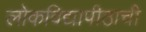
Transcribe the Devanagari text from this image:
लोकविद्यापीठाची